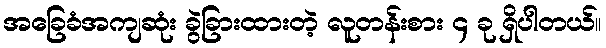
အခြေခံအကျဆုံး ခွဲခြားထားတဲ့ လူတန်းစား ၄ ခု ရှိပါတယ်။